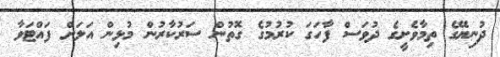
ދުނިޔޭގެ ތިމާވެށީގެ ދުވަސް ފާހަގަ ކުރުމުގެ ގޮތުން ސަރުކާރުން މުޅިން އަލަށް ފައްޓަވާ